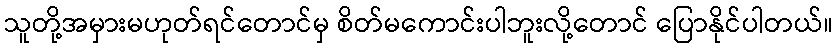
သူတို့အမှားမဟုတ်ရင်တောင်မှ စိတ်မကောင်းပါဘူးလို့တောင် ပြောနိုင်ပါတယ်။